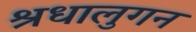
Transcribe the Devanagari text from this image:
श्रधालुगन